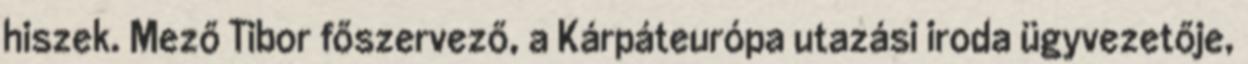
hiszek. Mező Tibor főszervező, a Kárpáteurópa utazási iroda ügyvezetője,